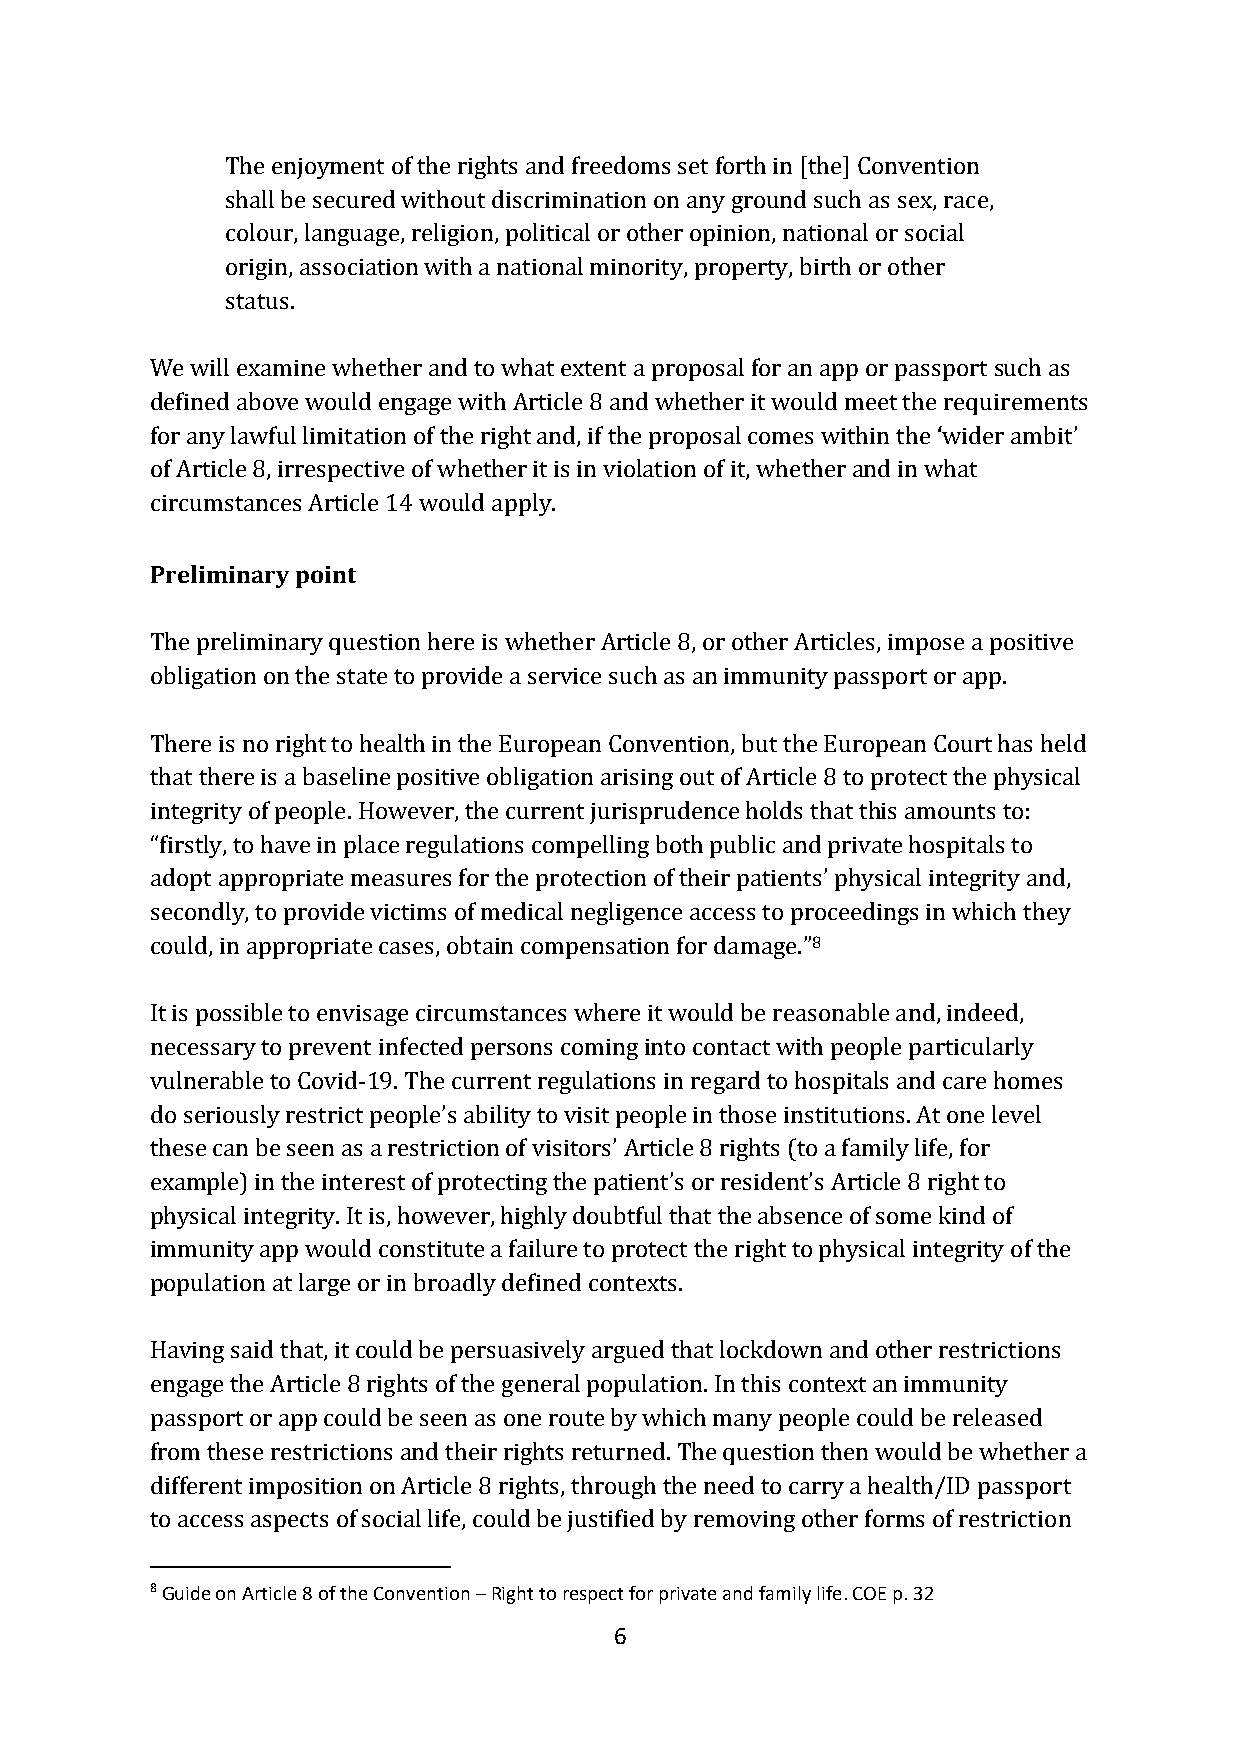
The enjoyment of the rights and freedoms set forth in [the] Convention
 shall be secured without discrimination on any ground such as sex, race,
 colour, language, religion, political or other opinion, national or social
 origin, association with a national minority, property, birth or other
 status.
 We will examine whether and to what extent a proposal for an app or passport such as
 defined above would engage with Article 8 and whether it would meet the requirements
 for any lawful limitation of the right and, if the proposal comes within the ‘wider ambit’
 of Article 8, irrespective of whether it is in violation of it, whether and in what
 circumstances Article 14 would apply.
 Preliminary point
 The preliminary question here is whether Article 8, or other Articles, impose a positive
 obligation on the state to provide a service such as an immunity passport or app.
 There is no right to health in the European Convention, but the European Court has held
 that there is a baseline positive obligation arising out of Article 8 to protect the physical
 integrity of people. However, the current jurisprudence holds that this amounts to:
 “firstly, to have in place regulations compelling both public and private hospitals to
 adopt appropriate measures for the protection of their patients’ physical integrity and,
 secondly, to provide victims of medical negligence access to proceedings in which they
 could, in appropriate cases, obtain compensation for damage.”8
 It is possible to envisage circumstances where it would be reasonable and, indeed,
 necessary to prevent infected persons coming into contact with people particularly
 vulnerable to Covid-19. The current regulations in regard to hospitals and care homes
 do seriously restrict people’s ability to visit people in those institutions. At one level
 these can be seen as a restriction of visitors’ Article 8 rights (to a family life, for
 example) in the interest of protecting the patient’s or resident’s Article 8 right to
 physical integrity. It is, however, highly doubtful that the absence of some kind of
 immunity app would constitute a failure to protect the right to physical integrity of the
 population at large or in broadly defined contexts.
 Having said that, it could be persuasively argued that lockdown and other restrictions
 engage the Article 8 rights of the general population. In this context an immunity
 passport or app could be seen as one route by which many people could be released
 from these restrictions and their rights returned. The question then would be whether a
 different imposition on Article 8 rights, through the need to carry a health/ID passport
 to access aspects of social life, could be justified by removing other forms of restriction
 8 Guide on Article 8 of the Convention – Right to respect for private and family life. COE p. 32
 6